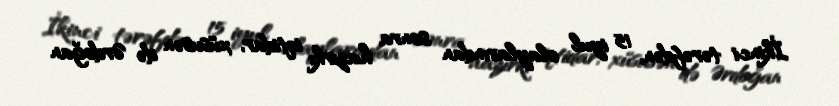
İkinci tərəfdən, 15 iyul olaylarından sonra hazırkı iqtidar, xüsusən də Ərdoğan